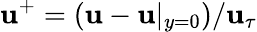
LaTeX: \mathbf{u}^{+}=(\mathbf{u}-\mathbf{u}|_{y=0})/\mathbf{u}_{\tau}